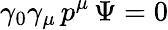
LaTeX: \gamma_{0}\gamma_{\mu}\, p^{\mu}\, \Psi=0